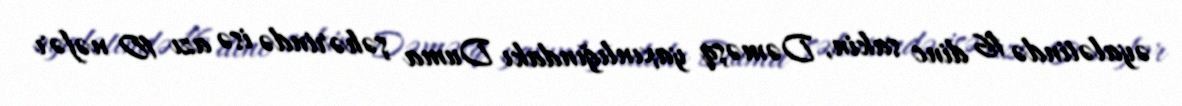
əyalətində 16 dinc sakin, Dəməşq yaxınlığındakı Duma şəhərində isə azı 10 nəfər